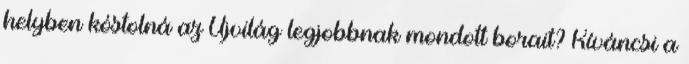
helyben kóstolná az Újvilág legjobbnak mondott borait? Kíváncsi a